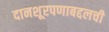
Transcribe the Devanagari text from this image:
दानशूरपणाबद्दलची